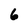
Character: 6